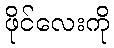
ဖိုင်လေးကို